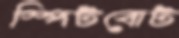
স্পিটবোট